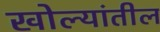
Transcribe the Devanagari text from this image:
खोल्यांतील